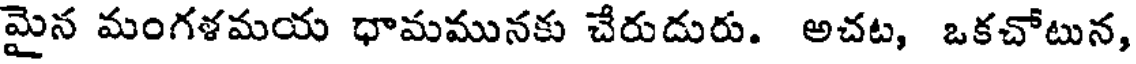
మైన మంగళమయ ధామమునకు చేరుడురు. అచట, ఒకచోటున,